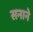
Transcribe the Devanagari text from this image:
सनाने